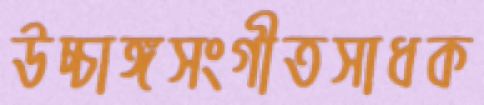
উচ্চাঙ্গসংগীতসাধক